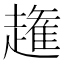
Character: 𧽳